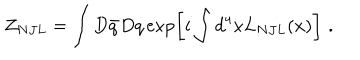
Z _ { N J L } = \int D \bar { q } D q \exp \left[ i \int d ^ { 4 } x L _ { N J L } ( x ) \right] \, \, .